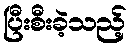
ပြီးစီးခဲ့သည့်